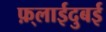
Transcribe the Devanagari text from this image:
फ़्लाईदुबई